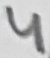
Text: 4